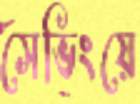
সেভিংয়ে